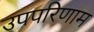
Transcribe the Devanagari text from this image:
उपपरिणाम